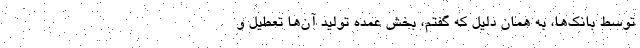
توسط بانک‌ها، به همان دلیل که گفتم، بخش عمده تولید آن‌ها تعطیل و